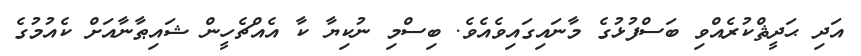
އަދި ޙަދީޘްކުރެއްވި ބަސްފުޅުގެ މާނައިގައިވެއެވެ. ބިސްމި ނުކިޔާ ކާ އެއްޗެހީން ޝައިޠާނާއަށް ކެއުމުގެ